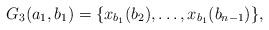
LaTeX: \begin{align*} G_3(a_1,b_1) = \{x_{b_1}(b_2),\ldots,x_{b_1}(b_{n-1})\},\end{align*}